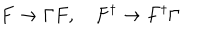
F \rightarrow \Gamma F , F ^ { \dagger } \rightarrow F ^ { \dagger } \Gamma